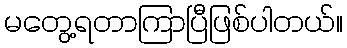
မတွေ့ရတာကြာပြီဖြစ်ပါတယ်။